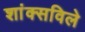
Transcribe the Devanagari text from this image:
शांक्सविले